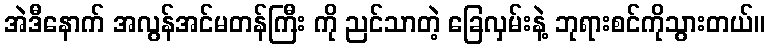
အဲဒီနောက် အလွန်အင်မတန်ကြီး ကို ညင်သာတဲ့ ခြေလှမ်းနဲ့ ဘုရားစင်ကိုသွားတယ်။